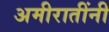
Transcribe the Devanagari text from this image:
अमीरातींनी